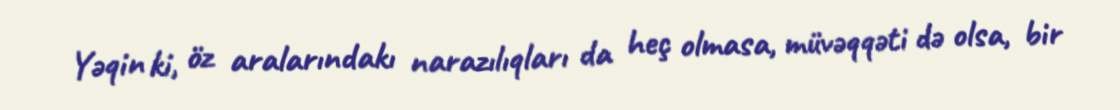
Yəqin ki, öz aralarındakı narazılıqları da heç olmasa, müvəqqəti də olsa, bir